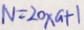
N = 2 0 \times a + 1